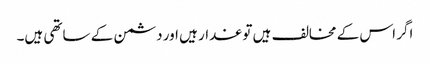
اگر اس کے مخالف ہیں تو غدار ہیں اور دشمن کے ساتھی ہیں۔